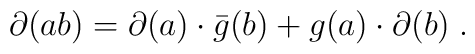
\partial (ab)=\partial(a)\cdot \bar{g}(b)+g(a)\cdot \partial (b)\;.